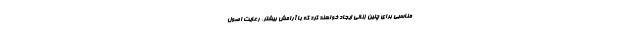
مناسبی برای چنین زنانی ایجاد خواهند کرد که با آرامش بیشتر، رعایت اصول